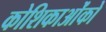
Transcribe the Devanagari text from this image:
कोशिकाओंको